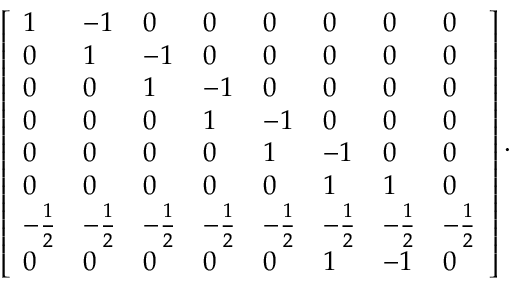
\left[ { \begin{array} { l l l l l l l l } { 1 } & { - 1 } & { 0 } & { 0 } & { 0 } & { 0 } & { 0 } & { 0 } \\ { 0 } & { 1 } & { - 1 } & { 0 } & { 0 } & { 0 } & { 0 } & { 0 } \\ { 0 } & { 0 } & { 1 } & { - 1 } & { 0 } & { 0 } & { 0 } & { 0 } \\ { 0 } & { 0 } & { 0 } & { 1 } & { - 1 } & { 0 } & { 0 } & { 0 } \\ { 0 } & { 0 } & { 0 } & { 0 } & { 1 } & { - 1 } & { 0 } & { 0 } \\ { 0 } & { 0 } & { 0 } & { 0 } & { 0 } & { 1 } & { 1 } & { 0 } \\ { - { \frac { 1 } { 2 } } } & { - { \frac { 1 } { 2 } } } & { - { \frac { 1 } { 2 } } } & { - { \frac { 1 } { 2 } } } & { - { \frac { 1 } { 2 } } } & { - { \frac { 1 } { 2 } } } & { - { \frac { 1 } { 2 } } } & { - { \frac { 1 } { 2 } } } \\ { 0 } & { 0 } & { 0 } & { 0 } & { 0 } & { 1 } & { - 1 } & { 0 } \end{array} } \right] .